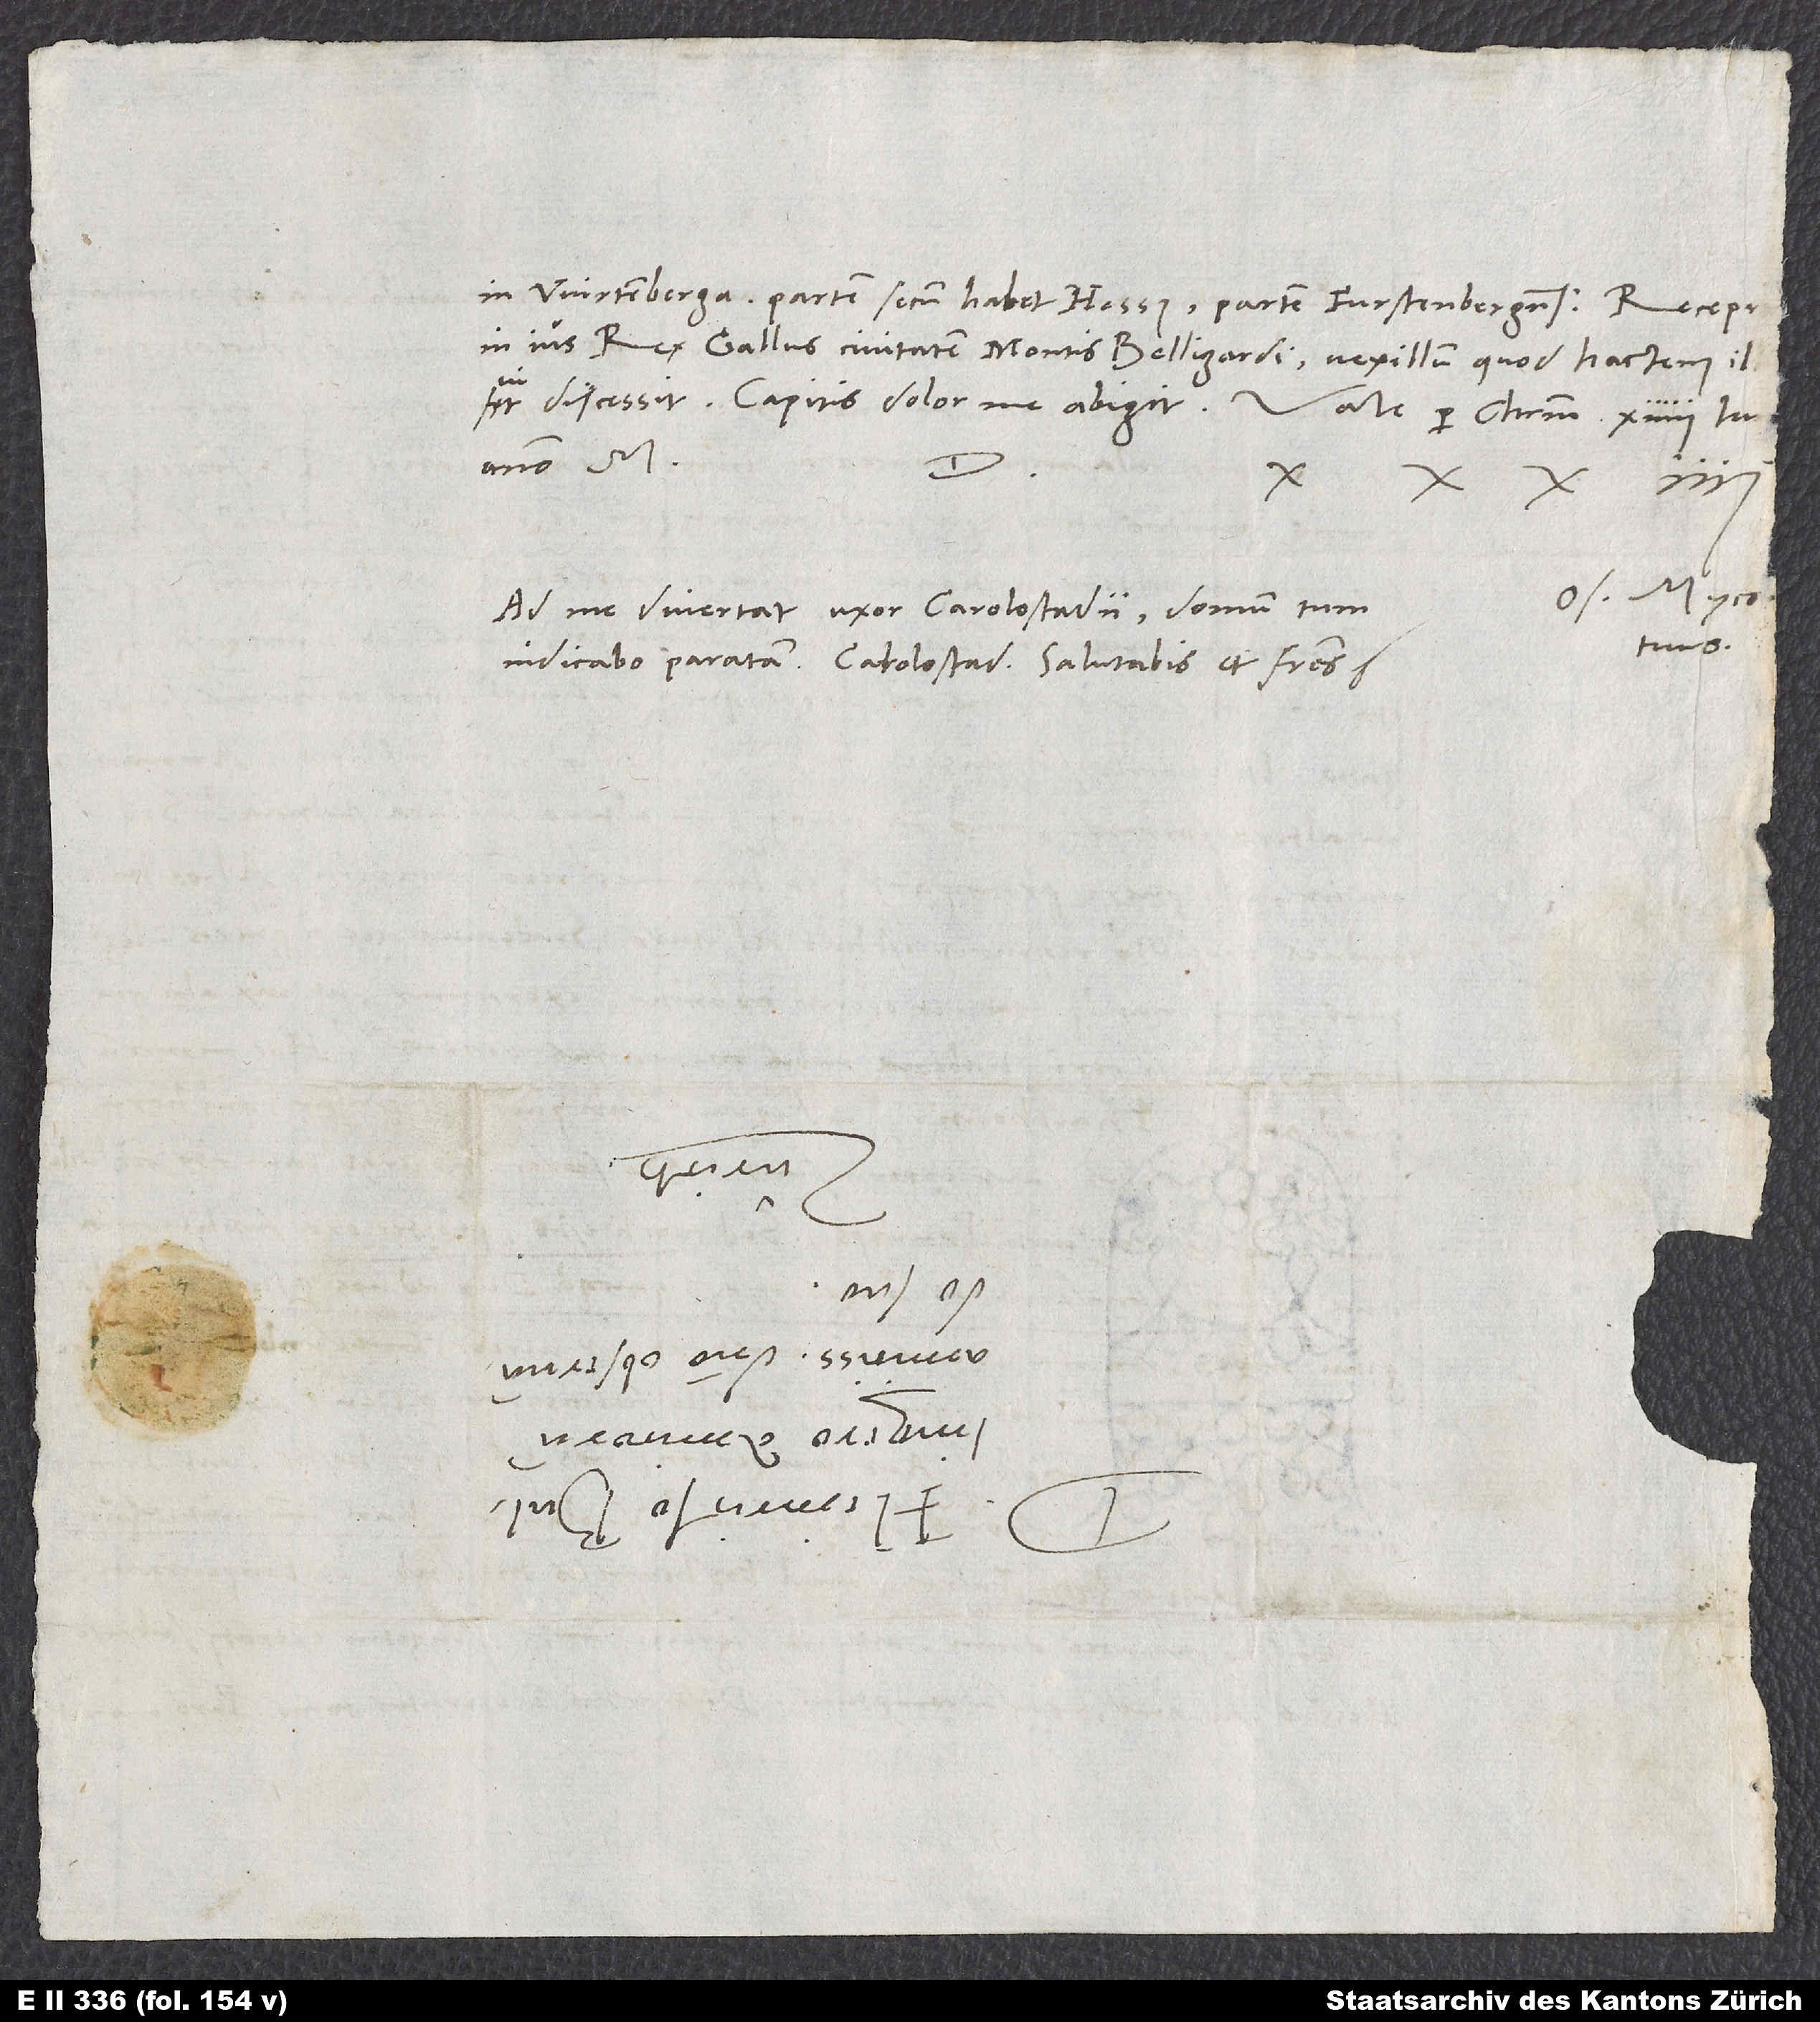
in Wirtenberga, partem secum habet Hessus, partem Furstenbergensis. Recepit
in ius rex Gallus civitatem Montis Belligardi. Vexillum, quod hactenus ill
S.
Os. Myco.
Ad me divertat uxor Carolostadii. Domum tum
tuus.
indicabo paratam. Carolostadium salutabis et fratres.